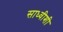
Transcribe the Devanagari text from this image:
साध्वीशी